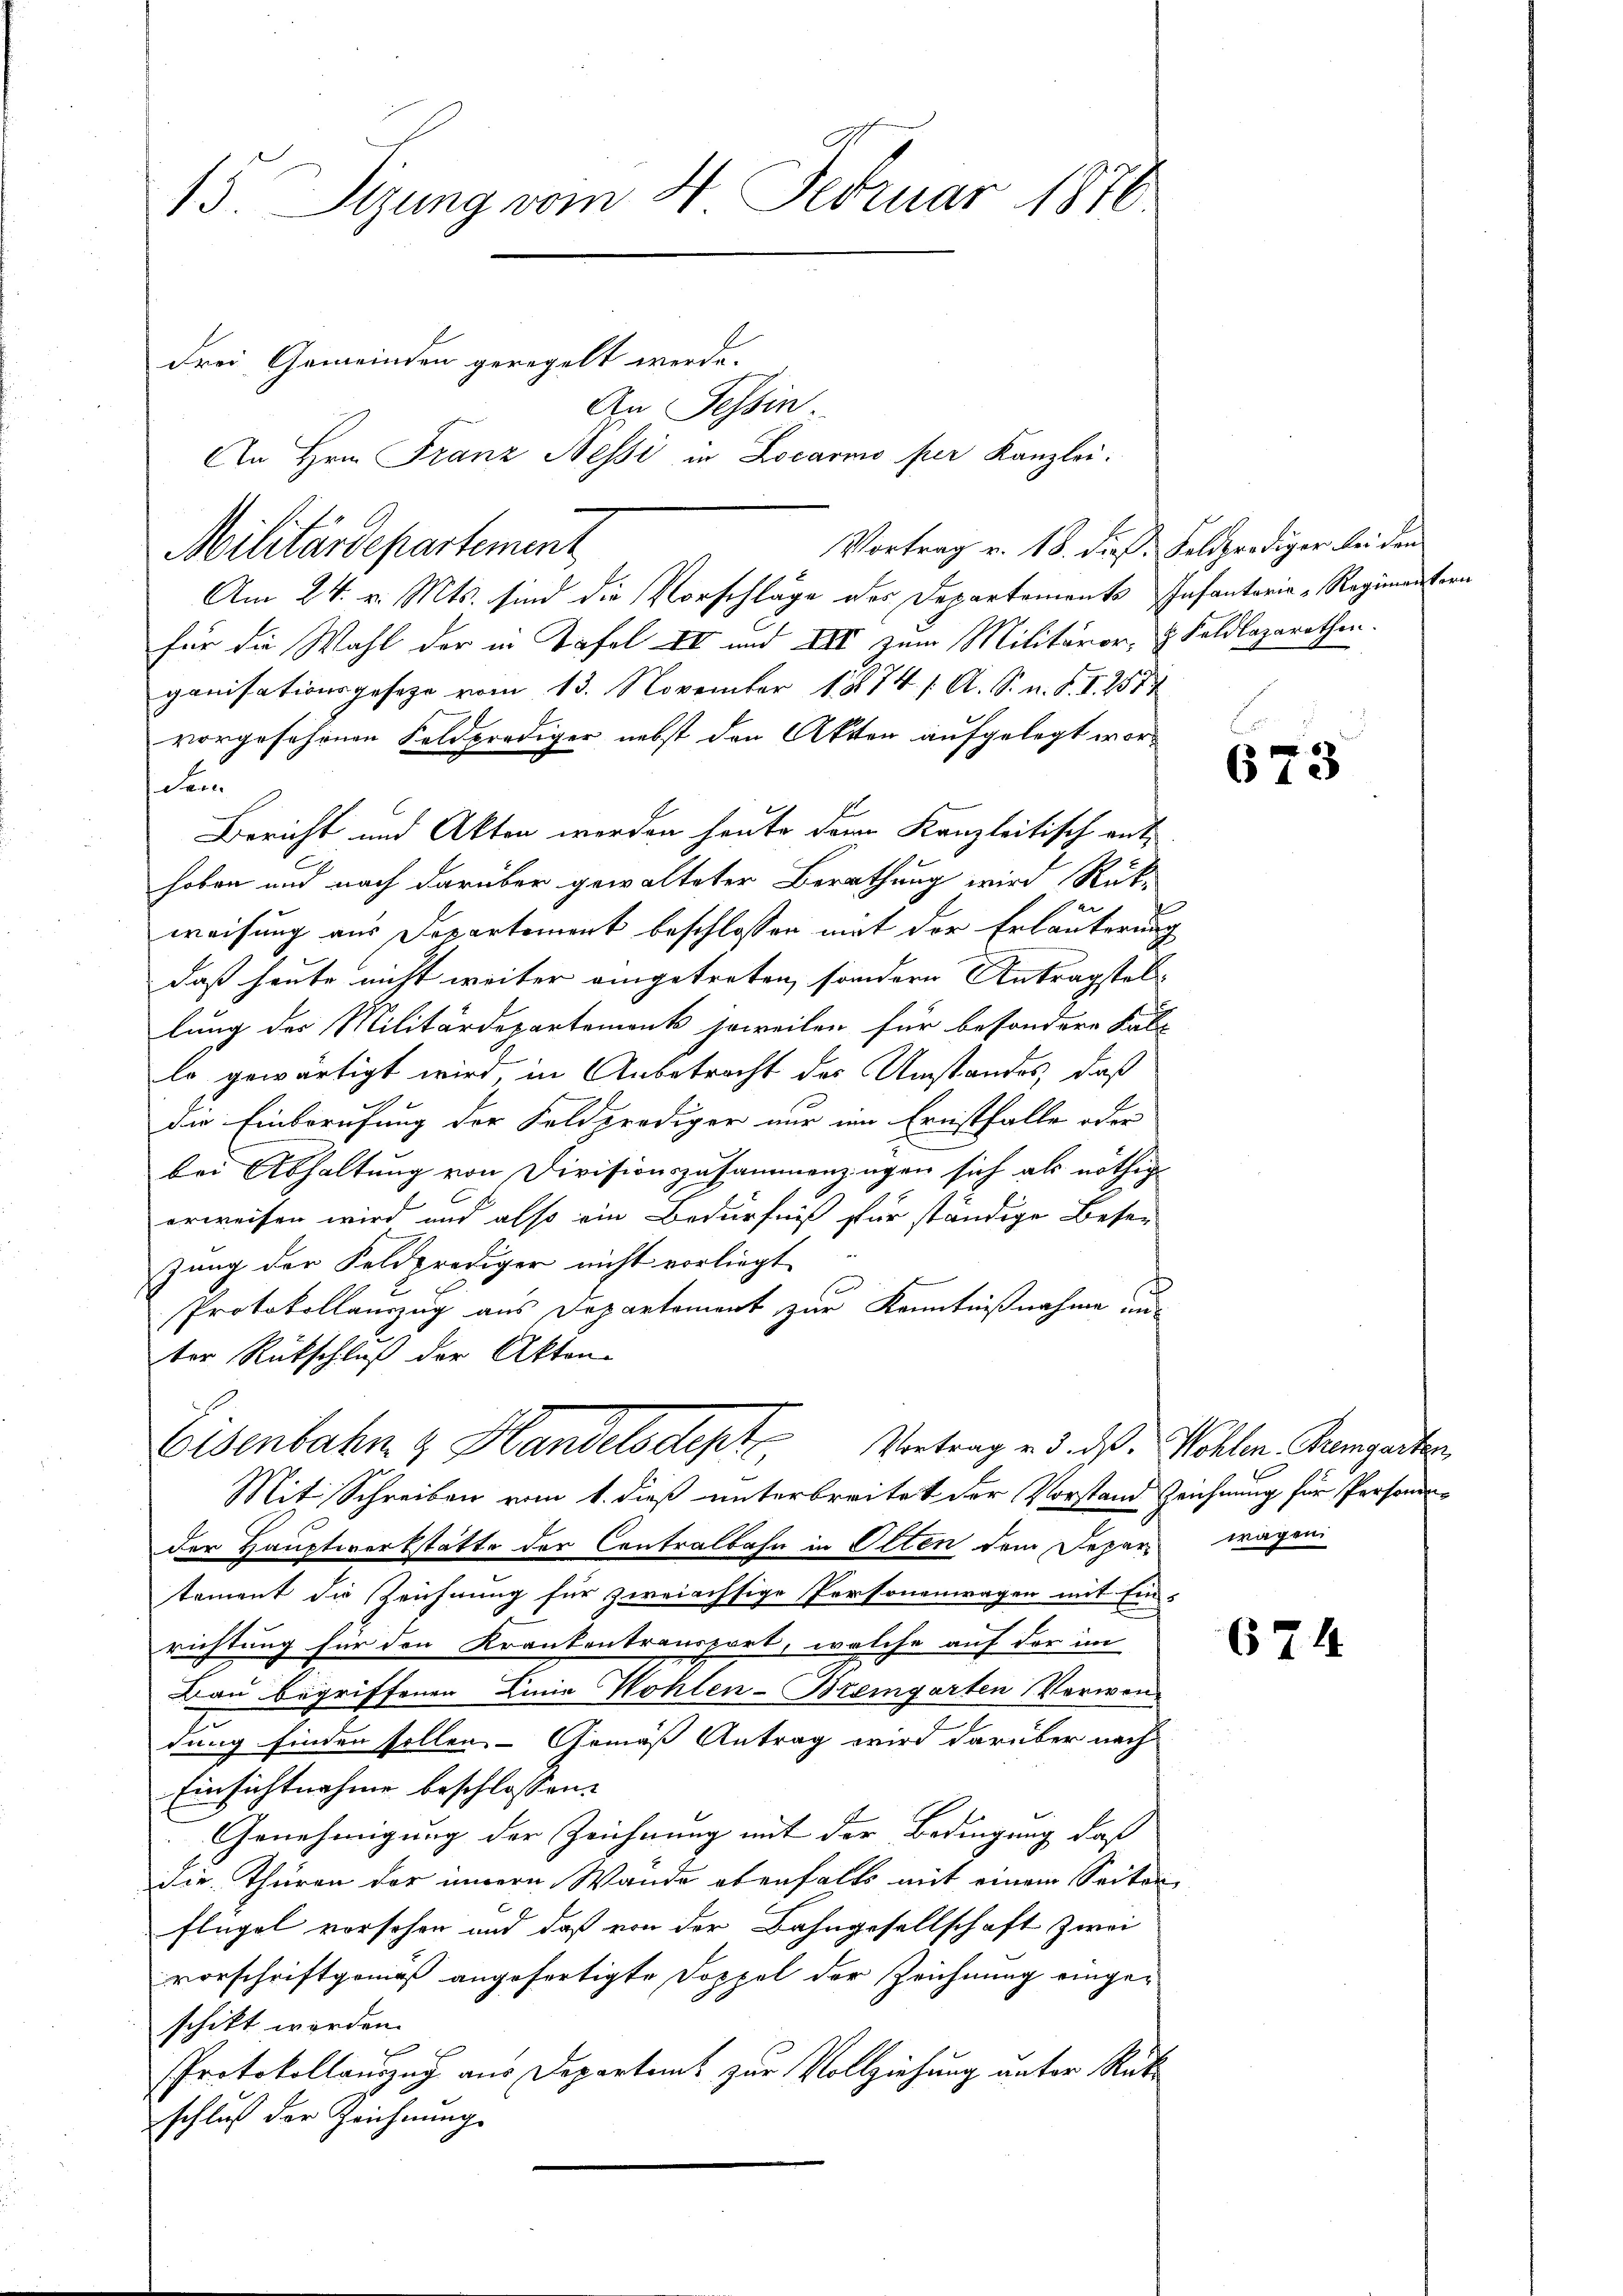
15. Sizung vom 4. Februar 1876

Militärdepartement

drei Gemeinden geregelt werde.
Vortrag v. 18. dieß. Feldprediger bei dem
Am 24. v. Mts. sind die Vorschläge der Departements Infanterie-Regimentern
für die Wahl der in Tafel IV und XIII zum Militäror, & Kaldlazarethen.
ganisationsgesetze vom 13. November 1874. 1. A. S. n. F. I 257
vorgesehenen Feldprediger nebst den Akten aufgelegt wor¬
Fen
Bericht und Akten worden heute dann Kanzleitisch ant
hoben und nach darüber gewalteter Berathung wird Rückweisung aus Departement beschlossen mit der Erläuterung
daß heute nicht weiter eingetreten, sondern Antragstel- |
lung der Militärdepartement soweiten für besondere Fal-
lo gewärtigt wird, in Anbetracht des Umstandes, daß
die Einberufung der Feldprediger nur im Ernsthalle oder
bei Abhaltung von Divisionszusammenzingen sich als nöthig
erweisen wird und also ein Bedürfniß für ständige Beser
zung der Feldprediger nicht vorliegt.
Protokollauszug aus Departement zur Kenntnißnahme und
ter Rückschluß der Akten-
Eisenbahn & Handelsdept
Vortrag v. 3. ds. Wohlen Bremgarten,
Mit Schreiben vom 1. dieß unterbreitet der Vorstand Zeichnung für Personender Hauptwerkstätte der Contralbahn in Olten dem Deper wagen
tament die Zeichnung für zweiachsige Personenwagen mit Ein-
richtung für den Krankentransport, welche auf der in
Bau begriffenen Linie Wohlen-Bremgarten Verwen-
dung finden sollen. Gemäß Antrag wird darüber nach
Einsichtnahme beschlossen:
Genehmigung der Zeichnung mit der Bedingung, daß
Die Thüren der innern Wande ebenfalls mit einem Seiter
Flügel vorschen und daß von der Bahngesellschaft zwei
vorschriftgemäß angefertigte Doppel der Zeichnung eingeschikt worden.
Protokollanzug aus Departamt zur Vollziehung unter Rükschluß der Zeichnung.

An Tessin
An Hrn. Franz Nessi in Locarno per Kanzlei.

673

674